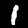
Digit: 1